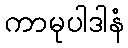
ကာမုပါဒါနံ